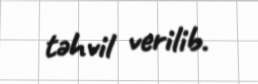
təhvil verilib.